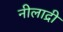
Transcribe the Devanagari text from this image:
नीलाद्री